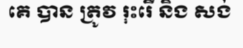
គេ បាន ត្រូវ រុះរើ និង សង់